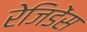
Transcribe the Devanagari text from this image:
रेजिडेंस